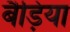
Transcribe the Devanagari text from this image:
बैड़िया